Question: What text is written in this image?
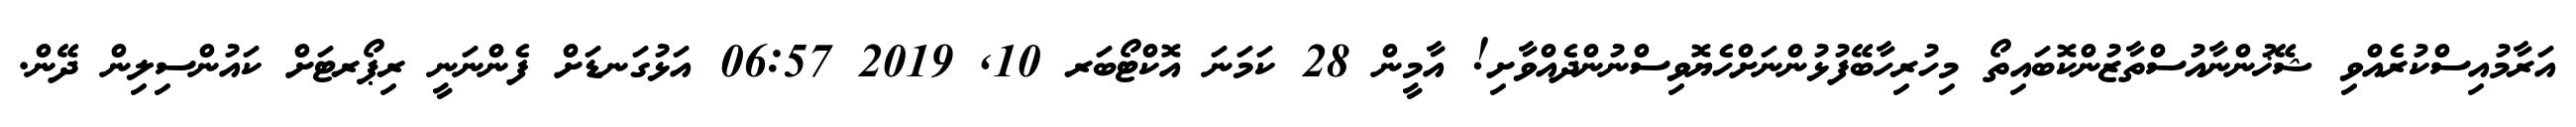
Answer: އަރާމުއިސްކުރެއްވި ޝޭޚުންނާއުސްތާޒުންކޮބައިތޯ މިހުރިހާބޭފުޅުންނަށްހެޔޮވިސްނުންދެއްވާށި! އާމީން 28 ކަމަނަ އޮކްޓޯބަރ 10, 2019 06:57 އަޅުގަނޑަށް ފެންނަނީ ރިޕޯރޓަށް ކައުންސިލިން ދޭން.